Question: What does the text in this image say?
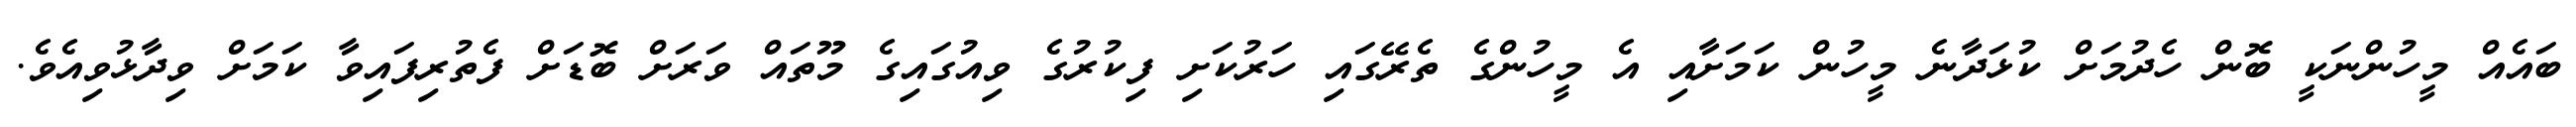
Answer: ބައެއް މީހުންނަކީ ބޮން ހެދުމަށް ކުޅަދާނެ މީހުން ކަމަށާއި އެ މީހުންގެ ތެރޭގައި ހަރުކަށި ފިކުރުގެ ވިއުގައިގެ މޫތައް ވަރަށް ބޮޑަށް ފެތުރިފައިވާ ކަމަށް ވިދާޅުވިއެވެ.